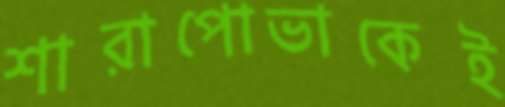
শারাপোভাকেই